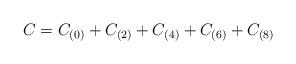
LaTeX: \begin{align*}C = C_{(0)} + C_{(2)} + C_{(4)} + C_{(6)} + C_{(8)}\end{align*}